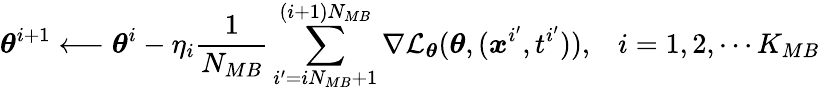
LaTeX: \boldsymbol{\theta}^{i+1}\longleftarrow\boldsymbol{\theta}^{i}-\eta_{i}\frac{1}{N_{MB}}\sum_{i^{\prime}=iN_{MB}+1}^{(i+1)N_{MB}}\nabla\mathcal{L}_{\boldsymbol{\theta}}(\boldsymbol{\theta},(\boldsymbol{x}^{i^{\prime}},t^{i^{\prime}})),\; \; \; i=1,2,\cdots K_{MB}